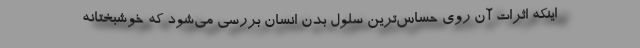
اینکه اثرات آن روی حساس‌ترین سلول بدن انسان بررسی می‌شود که خوشبختانه